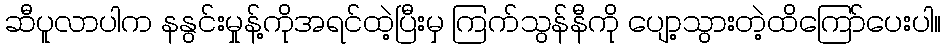
ဆီပူလာပါက နနွင်းမှုန့်ကိုအရင်ထဲ့ပြီးမှ ကြက်သွန်နီကို ပျော့သွားတဲ့ထိကြော်ပေးပါ။